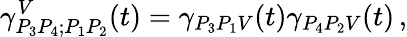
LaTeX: \gamma_{P_{3}P_{4};P_{1}P_{2}}^{V}(t)=\gamma_{P_{3}P_{1}V}(t)\gamma_{P_{4}P_{2}V}(t)\, ,